Lunatic asylums United Prov. 1922-30 - 1922-1930
Year: 1922
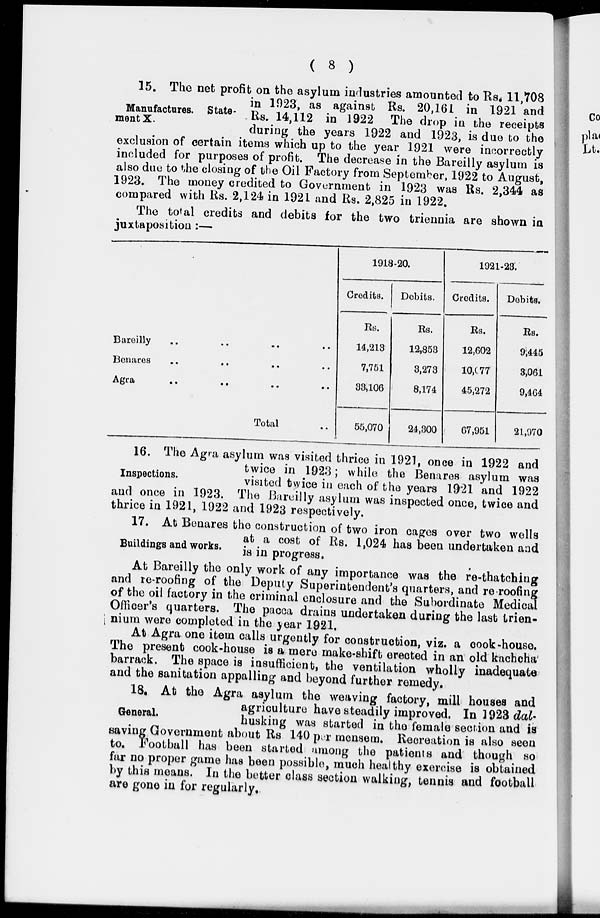
( 8 )
Manufactures. State¬
ment X.
15. The net profit on the asylum industries amounted to Rs. 11,708
in 1923, as against Rs. 20,161 in 1921 and
Rs. 14,112 in 1922 The drop in the receipts
during the years 1922 and 1923, is due to the
exclusion of certain items which up to the year 1921 were incorrectly
included for purposes of profit. The decrease in the Bareilly asylum is
also due to the closing of the Oil Factory from September, 1922 to August,
1923. The money credited to Government in 1923 was Rs. 2,344 as
compared with Rs. 2,124 in 1921 and Rs. 2,825 in 1922.
The total credits and debits for the two triennia are shown in
juxtaposition :—
Bareilly .. .. .. ..
Benares .. .. .. ..
Agra.. .. .. ..
Total ..
1918-20.
Credits.
Rs.
14,213
7,751
38,106
55,070
Debits.
Rs.
12,853
3,273
8,174
24,300
1921-23.
Credits.
Rs.
12,602
10,077
45,272
67,951
Debits.
Rs.
9,445
3,061
9,464
21,970
Inspections.
16. The Agra asylum was visited thrice in 1921, once in 1922 and
twice in 1923; while the Benares asylum was
visited twice in each of the years 1921 and 1922
and once in 1923. The Bareilly asylum was inspected once, twice and
thrice in 1921, 1922 and 1923 respectively.
Buildings and works.
17. At Benares the construction of two iron cages over two wells
at a cost of Rs. 1,024 has been undertaken and
is in progress.
At Bareilly the only work of any importance was the re-thatching
and re-roofing of the Deputy Superintendent's quarters, and re-roofing
of the oil factory in the criminal enclosure and the Subordinate Medical
Officer's quarters. The pacca drains undertaken during the last trien¬
nium were completed in the year 1921.
At Agra one item calls urgently for construction, viz. a cook-house.
The present cook-house is a mere make-shift erected in an old kachcha
barrack. The space is insufficient, the ventilation wholly inadequate
and the sanitation appalling and beyond further remedy.
General.
18. At the Agra asylum the weaving factory, mill houses and
agriculture have steadily improved. In 1923 dal¬
husking was started in the female section and is
saving Government about Rs. 140 per mensem. Recreation is also seen
to. Football has been started among the patients and though so
far no proper game has been possible, much healthy exercise is obtained
by this means. In the better class section walking, tennis and football
are gone in for regularly.